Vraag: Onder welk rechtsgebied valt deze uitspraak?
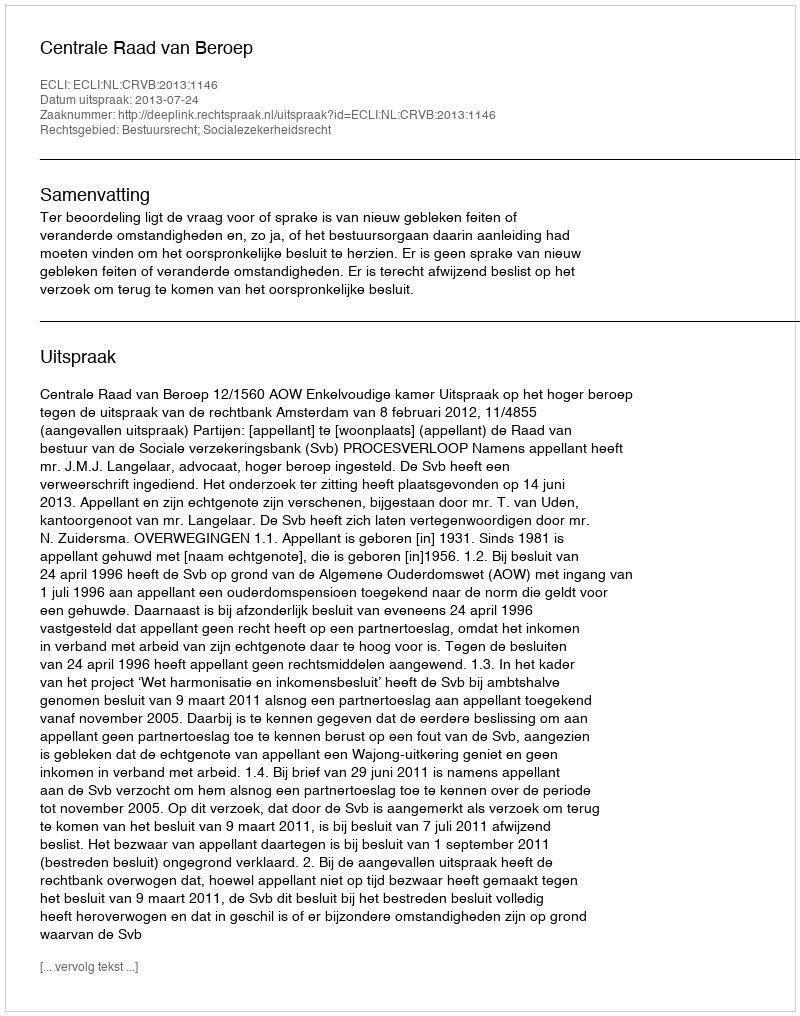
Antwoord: Bestuursrecht; Socialezekerheidsrecht